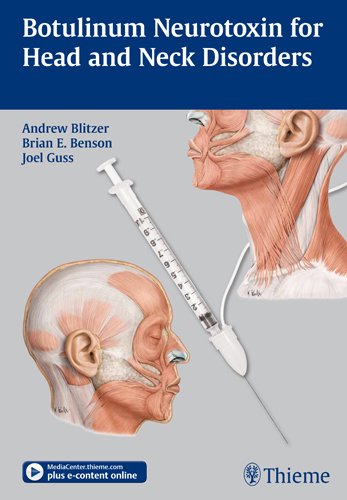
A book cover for Botulinum Neurotoxin for Head and Neck Disorders; Andrew Blitzer; Medical Books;